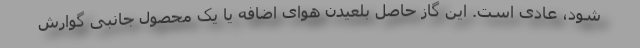
شود، عادی است. این گاز حاصل بلعیدن هوای اضافه یا یک محصول جانبی گوارش